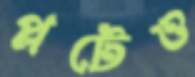
প্লটেও